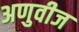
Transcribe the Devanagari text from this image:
अणुवीज